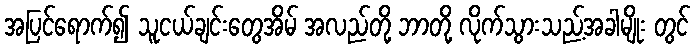
အပြင်ရောက်၍ သူငယ်ချင်းတွေအိမ် အလည်တို့ ဘာတို့ လိုက်သွားသည့်အခါမျိုး တွင်